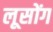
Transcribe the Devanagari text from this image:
लूसोंग